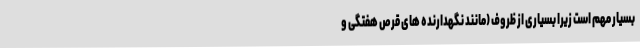
بسیار مهم است زیرا بسیاری از ظروف (مانند نگهدارنده های قرص هفتگی و